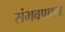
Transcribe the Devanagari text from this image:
संभवणारा